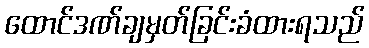
ထောင်ဒဏ်ချမှတ်ခြင်းခံထားရသည်